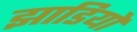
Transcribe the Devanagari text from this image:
झाडियो